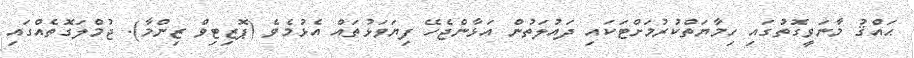
ޙައްޤު މާނަވީގޮތުގައި ހިމާޔަތްކުރުމަށްޓަކައި ދައުލަތުން އަޅާންޖެހޭ ފިޔަވަޅުތައް އެޅުމެވެ (ޕޮޒިޓިވް ޒިންމާ). ޖުމްލަގޮތެއްގައި